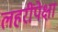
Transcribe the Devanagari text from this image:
लहरींपेक्षा